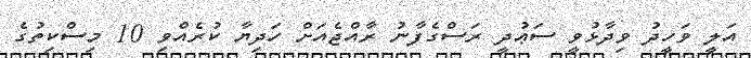
އަލީ ވަހީދު ވިދާޅުވީ ސަޢުދީ ރަސްގެފާނު ރާއްޖެއަށް ހަދިޔާ ކުރެއްވި 10 މިސްކިތުގެ